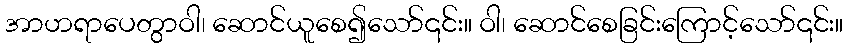
အာဟရာပေတွာဝါ၊ ဆောင်ယူစေ၍သော်၎င်း။ ဝါ၊ ဆောင်စေခြင်းကြောင့်သော်၎င်း။